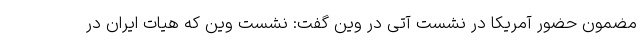
مضمون حضور آمریکا در نشست آتی در وین گفت: نشست وین که هیات ایران در